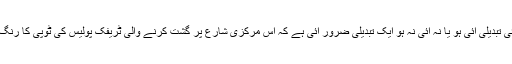
شارع فیصل پر کوئی تبدیلی آئی ہو یا نہ آئی نہ ہو ایک تبدیلی ضرور آئی ہے کہ اس مرکزی شارع پر گشت کرنے والی ٹریفک پولیس کی ٹوپی کا رنگ لال کردیا گیا ہے ۔